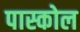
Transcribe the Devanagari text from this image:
पास्कोल